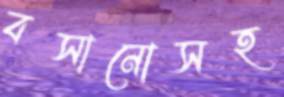
বসানোসহ